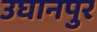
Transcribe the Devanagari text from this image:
उघानपुर